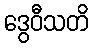
ဒွေဝီသတိ